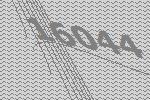
16044